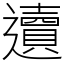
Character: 䢱